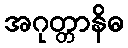
အဂုတ္တာနိဓ